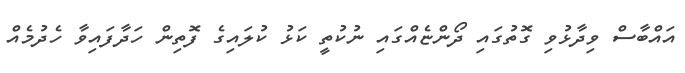
އައްބާސް ވިދާޅުވި ގޮތުގައި ދޯންޏެއްގައި ނުކުތީ ކަޅު ކުލައިގެ ފޮތިން ހަދާފައިވާ ހެދުމެއް